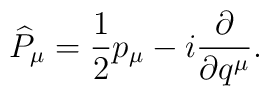
\widehat{P}_{\mu }=\frac{1}{2}p_{\mu }-i\frac{\partial }{\partial q^{\mu }}.